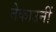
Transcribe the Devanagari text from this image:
तेकाउनीं